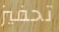
تحفيز